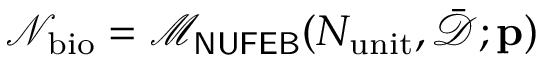
\mathcal { N } _ { \mathrm { b i o } } = \mathcal { M } _ { \sf N U F E B } ( N _ { \mathrm { u n i t } } , \bar { \mathcal { D } } ; \mathbf { p } )